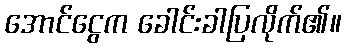
အောင်ငွေက ခေါင်းခါပြလိုက်၏။